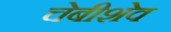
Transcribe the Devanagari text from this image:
चेबीशेव